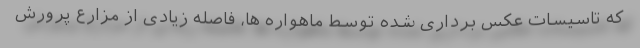
که تاسیسات عکس برداری شده توسط ماهواره ها، فاصله زیادی از مزارع پرورش